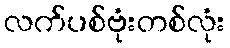
လက်ပစ်ဗုံးတစ်လုံး